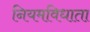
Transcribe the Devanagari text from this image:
नियमविधाता